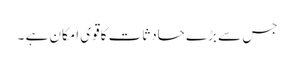
جس سے بڑے حادثات کاقوی امکان ہے ۔